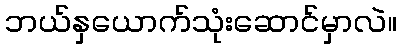
ဘယ်နှယောက်သုံးဆောင်မှာလဲ။